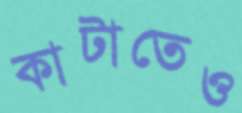
কাটাতেও